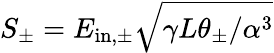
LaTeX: S_{\pm}=E_{\mathrm{in,\pm}}\sqrt{\gamma L\theta_{\pm}/\alpha^{3}}